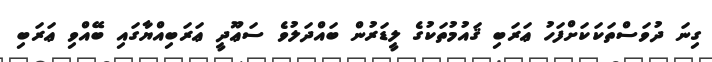
ގިނަ ދުވަސްތަކަކަށްފަހު ޢަރަބި ޤައުމުތަކުގެ ލީޑަރުން ބައްދަލުވެ ސަޢޫދީ ޢަރަބިއްޔާގައި ބޭއްވި ޢަރަބި